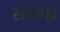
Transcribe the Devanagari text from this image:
साम्राह्य